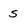
Character: s